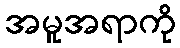
အမူအရာကို